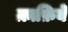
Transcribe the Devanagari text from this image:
क़ाफ़िये